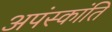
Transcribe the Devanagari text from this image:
अपंस्कांति